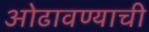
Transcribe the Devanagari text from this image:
ओढावण्याची